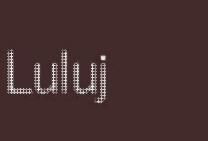
Luluj